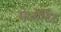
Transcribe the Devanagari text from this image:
मेजोंटिंट